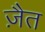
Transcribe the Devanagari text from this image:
ज़ैत